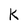
Character: K